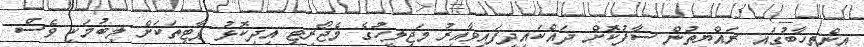
އިންތިހާބުގައި ރައްޔިތުން ސާފުކޮށް ދައްކައިދީފައިވާއިރު މަޖިލީހުގެ މެޖޯރިޓީ އިދިކޮޅު ޕާޓީތަކަށް ލިބުމަކީ ވެސް